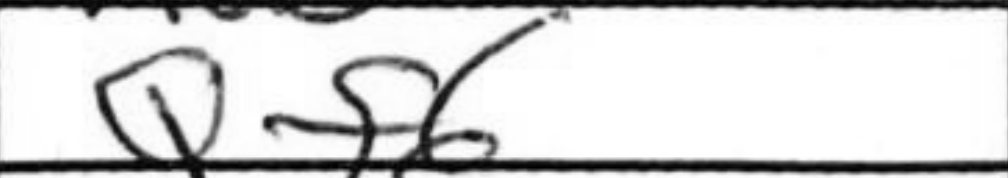
Transcription: Qf6